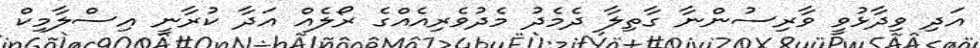
އަދި ވިދާޅުވީ ވާރިސުންނާ ގާތިލާ ދެމެދު މެދުވެރިއެއްގެ ރޯލެއް އަދާ ކުރާނީ އިސްލާމިކް